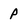
Character: P